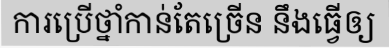
ការប្រើថ្នាំកាន់តែច្រើន នឹងធ្វើឲ្យ